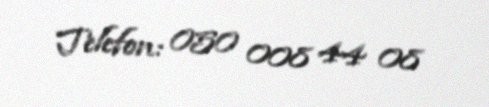
Telefon: 050 008 44 08